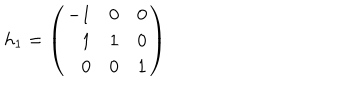
LaTeX: h _ { 1 } = \left( \begin{array} { r r r } { { - 1 } } & { { 0 } } & { { 0 } } \\ { { 1 } } & { { 1 } } & { { 0 } } \\ { { 0 } } & { { 0 } } & { { 1 } } \\ \end{array} \right)